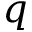
q